Leaving Certificate Examination, 1910
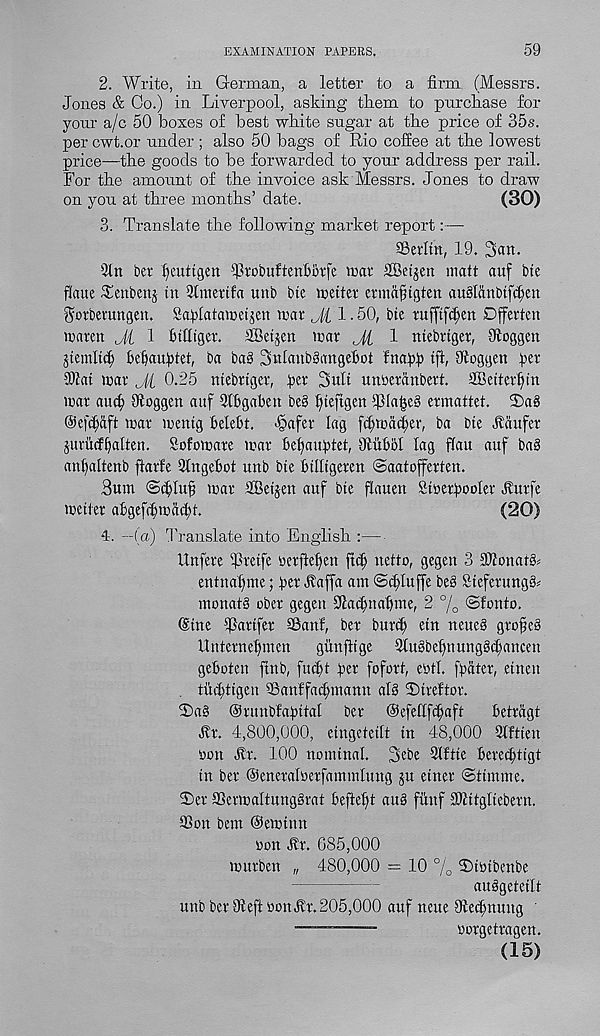
EXAMINATION PAPERS,
59
2. Write, in German, a letter to a firm (Messrs.
Jones & Co.) in Liverpool, asking them to purchase for
your a/c 50 boxes of best white sugar at the price of 35s.
per cwt.or under ; also 50 bags of Rio coffee at the lowest
price—the goods to be forwarded to your address per rail.
For the amount of the invoice ask Messrs. Jones to draw
on you at three months’ date.
(30)
3. Translate the following market report:—
Serlttt, 19. 3cm.
2ln bet f)euttgen Jkobuftenbotfe mat Sffiet^en matt auf bte
flaue Tenbenj tn 2lmettf« unb bte wetter ermcifjtgten auslanbififsen
gotbevungett. Sa^Iatawet^en mat ,J( 1.50, bte tufftfc^en Dffevten
waten Ji 1 Btlliget. JBet^en mat Jl 1 mebttget, Ologgen
jtemlt(^ fte^au^tet, ba bag 3ttIanb3angef>ot fna^ tfl, Jtoggen ^et
Wat war Ji 0.25 mebttget, £et 3ult untetanbett. ffiBettetfmt
mat au^ Dloggen attf SlBgaben beg ^teftgen ipia^eg etmattet. 2)ag
©efc^aft mat tretttg betebt. <§afer lag fcf;toacf;ev, ba bte Jlaufet
jutitif^alten. Sofomate mat beftau^tet, Otiibbt lag fiatt auf bag
anfaltenb ftarfe Stngebot unb bte btlltgeten Saatojfetten.
3utn ©cftluf war SBetjen auf bte flauen Stsetbooler Hutfe
wetter abgefcbwacfR.
(20)
4. —(a) ’Translate into English :—
Unfete ptetfe t)etfief)en jtc| netto, gegen 3 Wonatgs
entnafjme; bet Tvaffa am ©cfluffe beg Stefetungg*
monatg obet gegett Sflac^ttabme, 2 °/ 0 ©fonto.
Cine Tattfet Sanf, bet butcf; etn neueg gtofes
Untetnef)men
gunfttge 3tugbel)nunggi|anceu
geboten ftnb, facbt t'et fofott, ebtl. [pcitet, etnen
. tixcbtigen 3Sanffacf;mann alg Sbtreftot.
3)a§ Otunbfapttal bet @efeftfcf;aft
betragt
Jit. 4,800,000, eingeteift in 48,000 Slftien
son Hr. 100 nominal. 3ebe Slftie beredhigt
in bet ©enetaloetfammlung ju etnet ©timrne.
Tet aSerwaltnnggrat beftebt aug fitnf Wttgliebetn.
SSon bem ©ewittn
»on Hr. 685,000
wtttben „ 480,000 = 10 % T)iBtbenbe
auggeteift
unb bet 91 eft oon Jit. 205,000 auf neue Olei^nuug '
ootgettagen.
(15)